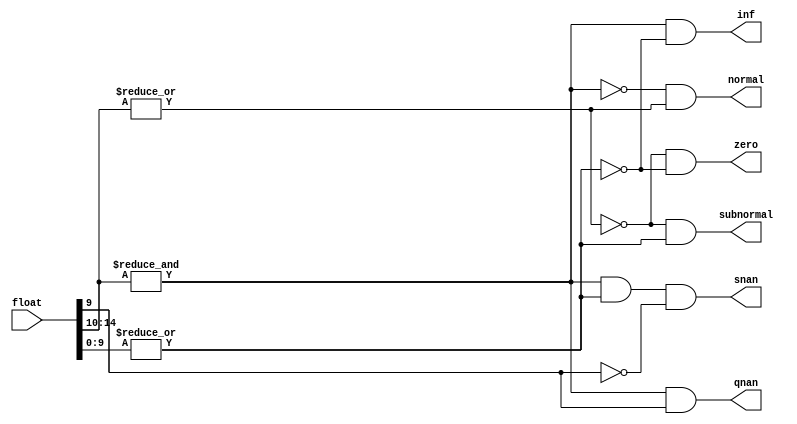


module Fp_clasifier
(input [15:0] float , 
output snan , qnan , inf , zero , subnormal , normal );

wire expOnes , expZeroes , sigZeroes ; 

assign expOnes = &float[14:10];
assign expZeroes = ~|float[14:10];
assign sigZeroes = ~|float[9:0];

assign snan = expOnes & ~sigZeroes & ~float[9];
assign qnan = expOnes & float[9];
assign inf  = expOnes & sigZeroes;
assign zero = expZeroes & sigZeroes;
assign subnormal = expZeroes & ~sigZeroes;
assign normal = ~expOnes &  ~expZeroes;

endmodule

module FP_mul(output wire [15:0] producto, input [15:0] na, nb, output reg snan, qnan, inf, zero, subnormal, normal);

    wire Asnan, Aqnan, Ainf, Azero, Asubnormal, Anormal;
    wire Bsnan, Bqnan, Binf, Bzero, Bsubnormal, Bnormal;
    reg [15:0] productoTemp, product;
    reg [15:0] Signo;
    Fp_clasifier A(na, Asnan, Aqnan, Ainf, Azero, Asubnormal, Anormal);
    Fp_clasifier B(nb, Bsnan, Bqnan, Binf, Bzero, Bsubnormal, Bnormal);

    reg [21:0] partialResult; 
    reg [4:0] expa;
    reg [4:0] expb;
    parameter bias = 15; 
    reg [5:0] exponent;

    always @(*) begin
        {snan, qnan, inf, zero, subnormal, normal} = 6'b0;
        Signo = na[15] ^ nb[15];

        if (Asnan | Bsnan) begin
            productoTemp = Asnan ? na : nb;
            snan = 1;
        end else if (Aqnan | Bqnan) begin
            productoTemp = Aqnan ? na : nb;
            qnan = 1;
        end else if (Ainf | Binf) begin
            if (Azero | Bzero) begin
                productoTemp = {Signo, {5{1'b1}}, 1'b1, 9'b1};
                qnan = 1;
            end else begin
                productoTemp = {Signo, {5{1'b1}}, 10'b0};
                inf = 1;
            end
        end else if (Azero | Bzero || (Asubnormal & Bsubnormal)) begin
            productoTemp = {Signo, 15'b0};
            zero = 1;
        end else begin
            expa = na[14:10] - bias;
            expb = nb[14:10] - bias;
            exponent = expa + expb + bias; // Corregido para sumar el bias despus de la suma de los exponentes
            partialResult = {1'b1, na[9:0]} * {1'b1, nb[9:0]};

            if (partialResult[21]) begin
                partialResult = partialResult >> 1
                ;
                exponent = exponent + 1;
            end

            if (exponent > 30) begin // Corregido para considerar el rango correcto del exponente
                productoTemp = {Signo, 5'b11111, 10'b0};
                inf = 1;
            end else if (exponent < 1) begin // Corregido para el rango inferior del exponente
                productoTemp = {Signo, 15'b0};
                zero = 1;
            end else begin
                productoTemp = {Signo, exponent[4:0], partialResult[19:10]}; // Ajustado para seleccionar los bits correctos de partialResult
                normal = 1; 
            end
        end
    end

    assign producto = productoTemp; // Asigna productoTemp a la salida producto
endmodule


module Fp_mul_fsm(output reg [15:0] producto, input [15:0] na,input   clk , rst  , SAVE);

wire qnan, inf, zero, subnormal, normal;
reg [1:0 ]state , next_state;
parameter save_a = 2'b00 , save_b=2'b01 , save_none = 2'b11  ;
reg [15:0]  current_a , current_b ;
wire[15:0] product;
FP_mul mod(.producto(product), .na(current_a) , .nb(current_b)  , .snan(snan) , .qnan(qnan) , .inf(inf) , .zero(zero) , .subnormal(subnormal) , .normal(normal));

//next stage logic O TUTORIAL PARA RODRIGO

always @*  //Pones el valor de a en los switches , SAVE  --> estaras guardando ese valor y pasaras al valor de save B (lo q tengas puesto ahi se estara guardando) una vez presionas SAVE
//el valor de B se quedara pegado y debera mostrarse el valor en los leds

begin

case (state)

        save_a:
            if(SAVE) begin
                next_state = save_b;
                
            end
            else next_state =save_a;
        save_b: 
            if(SAVE) begin
               next_state= save_none;
            
            end
             else  begin next_state = save_b; end
    
        save_none:
            if(SAVE)
             next_state = save_a;
            else next_state = save_none;     
endcase



end 

// Lgica secuencial para el manejo de estados y registros
    always @(posedge clk or posedge rst) begin
        if (rst) begin
            state <= save_none;
            current_a <= 0;
            current_b <= 0;
        end else begin
     
            if (state == save_none && next_state == save_a) begin
                current_a <= na;
            end
            if (state == save_a && next_state == save_b) begin
                current_b <= na;
            end

                   state <= next_state;
        end
    end

    // Lgica de salida
    always @* begin
        case (state)
            save_a: producto = current_a;
            save_b: producto = current_b;
            save_none: producto = product;
            default: producto = 16'b0;
        endcase
    end
        
endmodule



module Seven_segment_fsm(input [15:0] na , input clk , rst  ,  SAVE, output reg [6:0] LED_out , output reg d0 , d1 , d2 ,d3);


reg [1:0] state , next_state;
parameter s3 = 2'b11, s2 = 2'b10, s1 = 2'b01, s0 = 2'b00;
wire [15:0] producto;
Fp_mul_fsm sub_unit(.producto(producto), .na(na) , .clk(clk) , .rst(rst)  , .SAVE(SAVE));

//next state logic 

always @ (*) begin

case(state)
  s0: next_state = s1;
  s1: next_state = s2;
  s2: next_state = s3;
  s3: next_state = s0;
endcase
end



always @(posedge clk , posedge rst )
begin

  if (rst) 
     state <= s0;
 else 
    state <= next_state;
    
end




always @(*) begin

    case(state)

    s0: begin
        d0=1; d1 =0 ; d2=0 ; d3 =0;

        case(producto[3:0])

        4'b0000: LED_out = 7'b0000001; // "0"     
        4'b0001: LED_out = 7'b1001111; // "1" 
        4'b0010: LED_out = 7'b0010010; // "2" 
        4'b0011: LED_out = 7'b0000110; // "3" 
        4'b0100: LED_out = 7'b1001100; // "4" 
        4'b0101: LED_out = 7'b0100100; // "5" 
        4'b0110: LED_out = 7'b0100000; // "6" 
        4'b0111: LED_out = 7'b0001111; // "7" 
        4'b1000: LED_out = 7'b0000000; // "8"     
        4'b1001: LED_out = 7'b0000100; // "9" 
        4'b1010: LED_out = 7'b0001000; // "A" 
        4'b1011: LED_out = 7'b0000000; // "B" 
        4'b1100: LED_out = 7'b0110001; // "C"
        4'b1101: LED_out = 7'b0000001; // "D"
        4'b1110: LED_out = 7'b0110000; // "E"
        4'b1111: LED_out = 7'b0111000; // "F"    



        endcase
    end
    s1:begin
         d0=0; d1 =1 ; d2=0 ; d3 =0;

        case(producto[7:4])

        4'b0000: LED_out = 7'b0000001; // "0"     
        4'b0001: LED_out = 7'b1001111; // "1" 
        4'b0010: LED_out = 7'b0010010; // "2" 
        4'b0011: LED_out = 7'b0000110; // "3" 
        4'b0100: LED_out = 7'b1001100; // "4" 
        4'b0101: LED_out = 7'b0100100; // "5" 
        4'b0110: LED_out = 7'b0100000; // "6" 
        4'b0111: LED_out = 7'b0001111; // "7" 
        4'b1000: LED_out = 7'b0000000; // "8"     
        4'b1001: LED_out = 7'b0000100; // "9" 
        4'b1010: LED_out = 7'b0001000; // "A" 
        4'b1011: LED_out = 7'b0000000; // "B" 
        4'b1100: LED_out = 7'b0110001; // "C"
        4'b1101: LED_out = 7'b0000001; // "D"
        4'b1110: LED_out = 7'b0110000; // "E"
        4'b1111: LED_out = 7'b0111000; // "F"    



        endcase
     end   
    s2:begin
        d0=0; d1 =0 ; d2=1 ; d3 =0;

        case(producto[11:8])

        4'b0000: LED_out = 7'b0000001; // "0"     
        4'b0001: LED_out = 7'b1001111; // "1" 
        4'b0010: LED_out = 7'b0010010; // "2" 
        4'b0011: LED_out = 7'b0000110; // "3" 
        4'b0100: LED_out = 7'b1001100; // "4" 
        4'b0101: LED_out = 7'b0100100; // "5" 
        4'b0110: LED_out = 7'b0100000; // "6" 
        4'b0111: LED_out = 7'b0001111; // "7" 
        4'b1000: LED_out = 7'b0000000; // "8"     
        4'b1001: LED_out = 7'b0000100; // "9" 
        4'b1010: LED_out = 7'b0001000; // "A" 
        4'b1011: LED_out = 7'b0000000; // "B" 
        4'b1100: LED_out = 7'b0110001; // "C"
        4'b1101: LED_out = 7'b0000001; // "D"
        4'b1110: LED_out = 7'b0110000; // "E"
        4'b1111: LED_out = 7'b0111000; // "F"    



        endcase
        end
    s3:begin
         d0=0; d1 =0 ; d2=0 ; d3 =1;

        case(producto[15:12])

        4'b0000: LED_out = 7'b0000001; // "0"     
        4'b0001: LED_out = 7'b1001111; // "1" 
        4'b0010: LED_out = 7'b0010010; // "2" 
        4'b0011: LED_out = 7'b0000110; // "3" 
        4'b0100: LED_out = 7'b1001100; // "4" 
        4'b0101: LED_out = 7'b0100100; // "5" 
        4'b0110: LED_out = 7'b0100000; // "6" 
        4'b0111: LED_out = 7'b0001111; // "7" 
        4'b1000: LED_out = 7'b0000000; // "8"     
        4'b1001: LED_out = 7'b0000100; // "9" 
        4'b1010: LED_out = 7'b0001000; // "A" 
        4'b1011: LED_out = 7'b0000000; // "B" 
        4'b1100: LED_out = 7'b0110001; // "C"
        4'b1101: LED_out = 7'b0000001; // "D"
        4'b1110: LED_out = 7'b0110000; // "E"
        4'b1111: LED_out = 7'b0111000; // "F"    



        endcase
    end

    endcase



end
endmodule